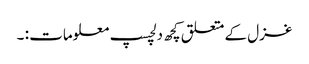
غزل کے متعلق کچھ دلچسپ معلومات : ۔